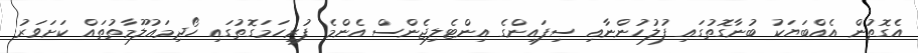
އެގޮތުން އެއްބަޔަކު ބުނާގޮތުގައި ފުލުހުންނާއި ސިފައިންގެ އިންޓެލިޖެންސް އެންމެ ފުރިހަމަގޮތުގައި ހޯދިމައުލޫމާތުތައް ކަށަވަރު